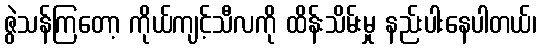
ဇွဲသန်ကြတော့ ကိုယ်ကျင့်သီလကို ထိန်းသိမ်းမှု နည်းပါးနေပါတယ်၊